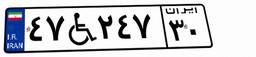
۹۴W۵۱۹۶۱